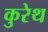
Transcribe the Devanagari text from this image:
कुरेथ